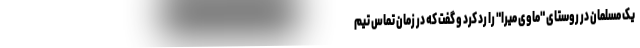
یک مسلمان در روستای "ماوی میرا" را رد کرد و گفت که در زمان تماس تیم